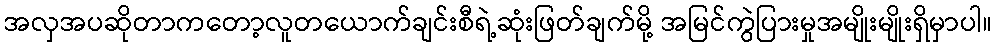
အလှအပဆိုတာကတော့လူတယောက်ချင်းစီရဲ့ဆုံးဖြတ်ချက်မို့ အမြင်ကွဲပြားမှုအမျိုးမျိုးရှိမှာပါ။